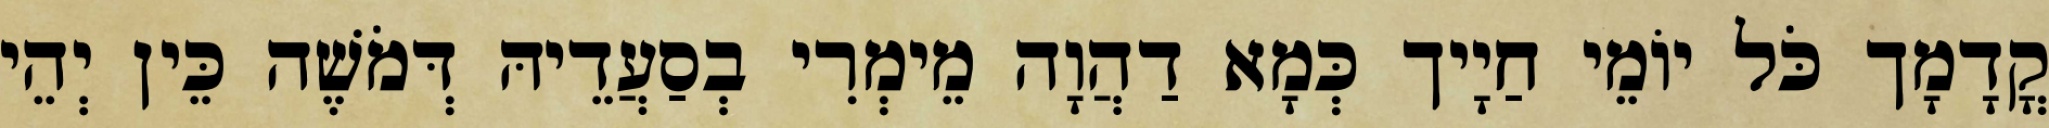
קֳדָמָך כֹּל יוֹמֵי חַיָיך כְּמָא דַהֲוָה מֵימְרִי בְסַעֲדֵיהּ דְּמֹשֶׁה כֵּין יְהֵי